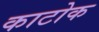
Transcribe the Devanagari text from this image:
काटोक